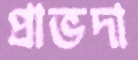
প্রাভদা